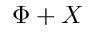
\Phi + X